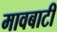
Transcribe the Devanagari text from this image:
मावबाटी